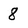
Character: 8